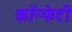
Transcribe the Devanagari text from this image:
कॉन्फेटी